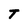
Character: T